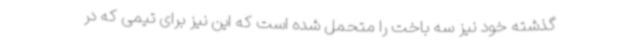
گذشته خود نیز سه باخت را متحمل شده است که این نیز برای تیمی که در